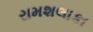
રામશલાકા